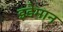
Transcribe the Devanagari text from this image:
इडेमान